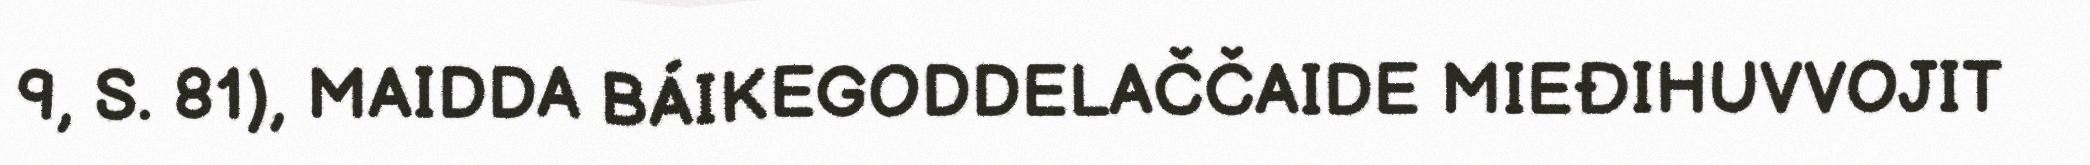
9, S. 81), MAIDDA BÁIKEGODDELAČČAIDE MIEĐIHUVVOJIT